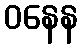
ဝနေန